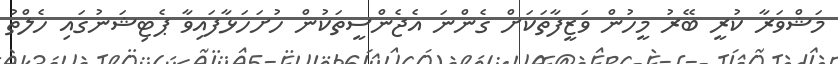
މަޝްވަރާ ކުރީ ބޭރު މީހުން ވަޒީފާތަކަށް ގެންނަ އެޖެންސީތަކުން ހުށަހަޅާފައިވާ ޕެޓިޝަނުގައި ހެލްތު